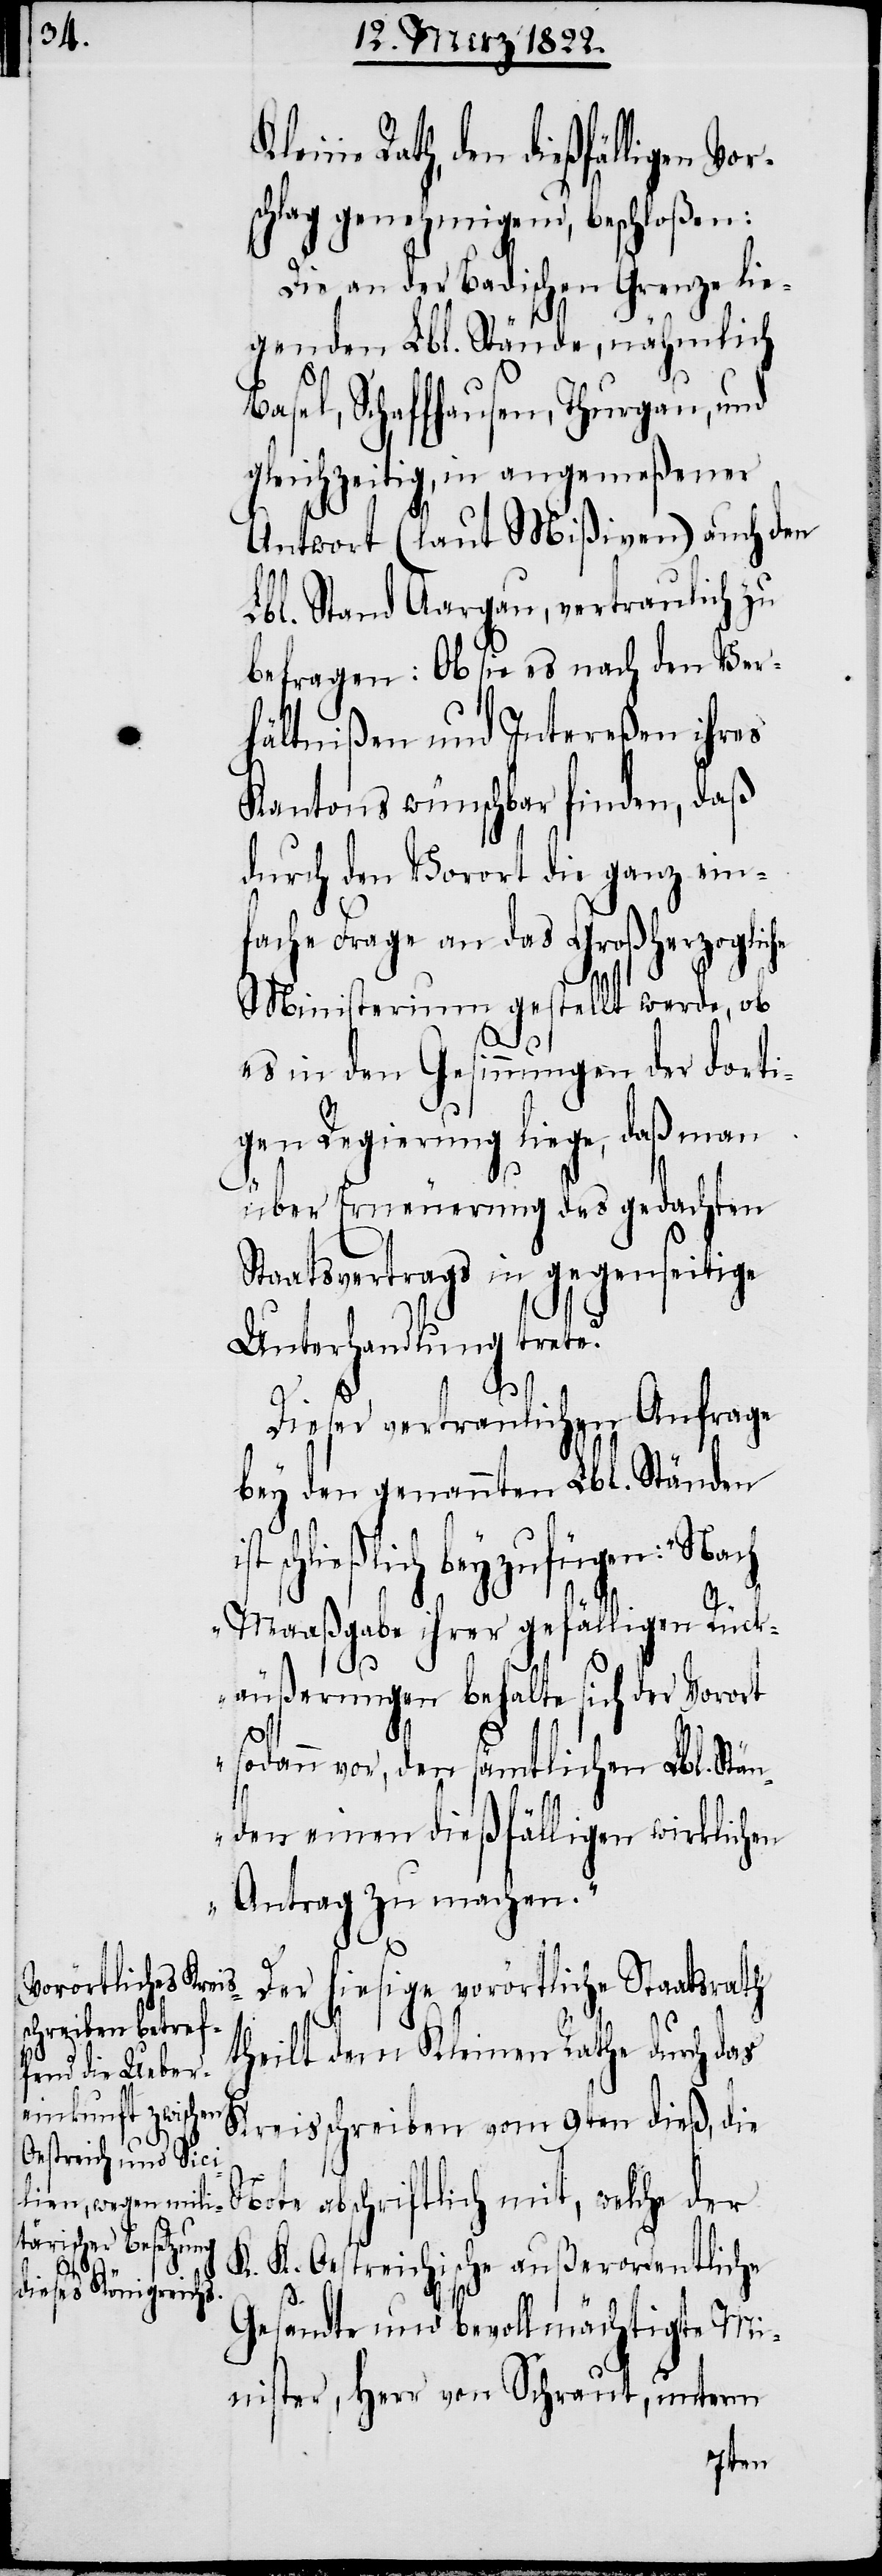
schlag genehmigend, beschloßen:
Die an der Badischen Grenze lie¬
genden Lbl. Stände, nämlich
sel, Schaffhausen, Thurgau, und
gleichzeitig, in angemeßener
Antwort (laut Mißiven) auch den
Lbl. Stand Aargau, vertraulich zu
befragen: Ob sie es nach den Ver¬
hältnißen und Intereßen ihres
Kantons wünschbar finden, daß
durch den Vorort die ganz ein¬
fache Frage an das Großherzogliche
Ba¬
Ministerium gestellt werde, ob
es in den Gesinnungen der dorti¬
gen Regierung liege, daß man
über Erneuerung des gedachten
taatsvertrags in gegenseitige
Unterhandlung trete?
Dieser vertraulichen Anfrage
bey den genannten Lbl. Ständen
schließlich beyzufügen:
Maaßgabe ihrer gefälligen Rück¬
S¬
äußerungen behalte sich der Vorort
sodann vor, den sämtlichen Lbl. Stän¬
den einen dießfälligen wirklichen
Antrag zu machen.“
Der hiesige vorörtliche Staatsrath
theilt dem Kleinen Rathe durch das
Kreisschreiben vom 9ten dieß, die
Note abschriftlich mit, welche der
K. K. Oestreichische außerordentliche
Gesandte und bevollmächtigte Mi¬
nister, Herr von Schraut, unterm